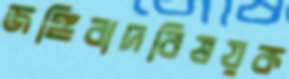
জঙ্গিবাদবিষয়ক